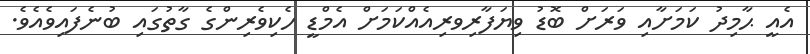
އެއީ ޙާމިދު ކަމަށާއި ވަރަށް ބޮޑު ވިޔަފާރިވރިއެއްކަމަށް އެމްޑީ ހެކިވެރިންގެ ގާތުގައި ބުނެފައިވެއެވެ.